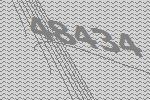
48434